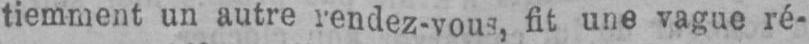
tiemment un autre rendez-vous fit une vague ré-